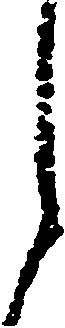
々